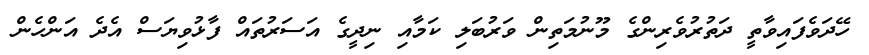
ހޭދަވެފައިވާތީ ދަތުރުވެރިންގެ މޫނުމަތިން ވަރުބަލި ކަމާއި ނިދީގެ އަސަރުތައް ފާޅުވިޔަސް އެދެ އަންހެން